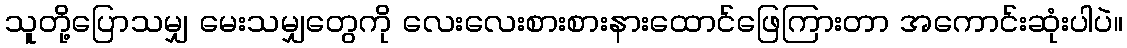
သူတို့ပြောသမျှ မေးသမျှတွေကို လေးလေးစားစားနားထောင်ဖြေကြားတာ အကောင်းဆုံးပါပဲ။